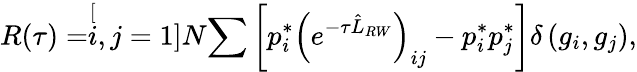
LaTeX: R(\tau)=\stackrel[i,j=1]{N}{\sum}\left[p_{i}^{*}\left(e^{-\tau\hat{L}_{RW}}\right)_{ij}-p_{i}^{*}p_{j}^{*}\right]\delta\left(g_{i},g_{j}\right),